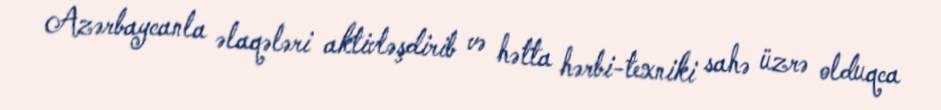
Azərbaycanla əlaqələri aktivləşdirib və hətta hərbi-texniki sahə üzrə olduqca